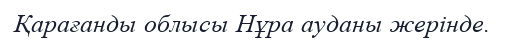
Қарағанды облысы Нұра ауданы жерінде.